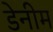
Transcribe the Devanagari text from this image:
डेनीम